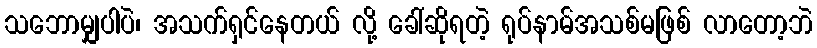
သဘောမျှပါပဲ၊ အသက်ရှင်နေတယ် လို့ ခေါ်ဆိုရတဲ့ ရုပ်နာမ်အသစ်မဖြစ် လာတော့ဘဲ